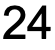
24